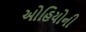
ઓહિયોની